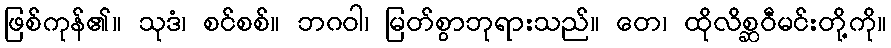
ဖြစ်ကုန်၏။ သုဒံ၊ စင်စစ်။ ဘဂဝါ၊ မြတ်စွာဘုရားသည်။ တေ၊ ထိုလိစ္ဆဝီမင်းတို့ကို။